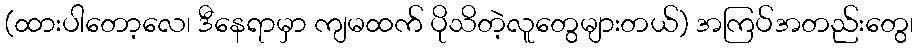
(ထားပါတော့လေ၊ ဒီနေရာမှာ ကျမထက် ပိုသိတဲ့လူတွေများတယ်) အကြပ်အတည်းတွေ၊